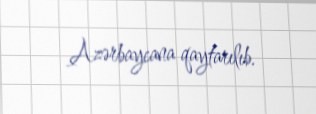
Azərbaycana qaytarılıb.